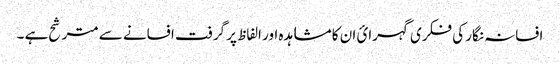
افسانہ نگار کی فکری گہرائ ان کا مشاہدہ اور الفاظ پر گرفت افسانے سے مترشح ہے ۔